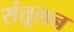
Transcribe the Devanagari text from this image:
संतूलन